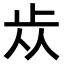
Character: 𣥐